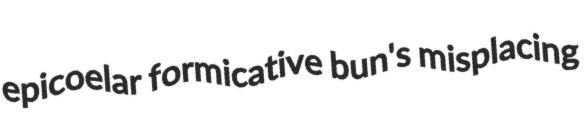
epicoelar formicative bun's misplacing